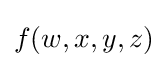
f(w,x,y,z)